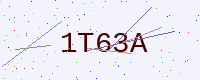
Text: 1T63A